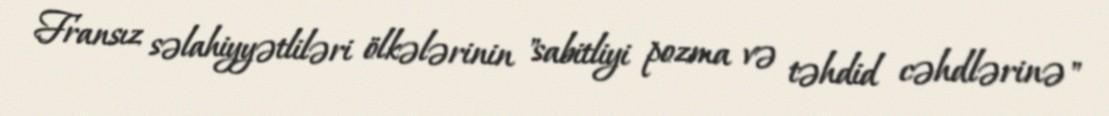
Fransız səlahiyyətliləri ölkələrinin "sabitliyi pozma və təhdid cəhdlərinə"